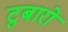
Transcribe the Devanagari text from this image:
टुबारो